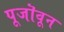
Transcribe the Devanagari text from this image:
पूजॊवून